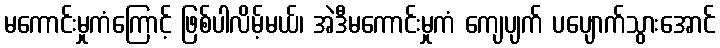
မကောင်းမှုကံကြောင့် ဖြစ်ပါလိမ့်မယ်၊ အဲဒီမကောင်းမှုကံ ကျေပျက် ပပျောက်သွားအောင်